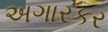
અગારકર